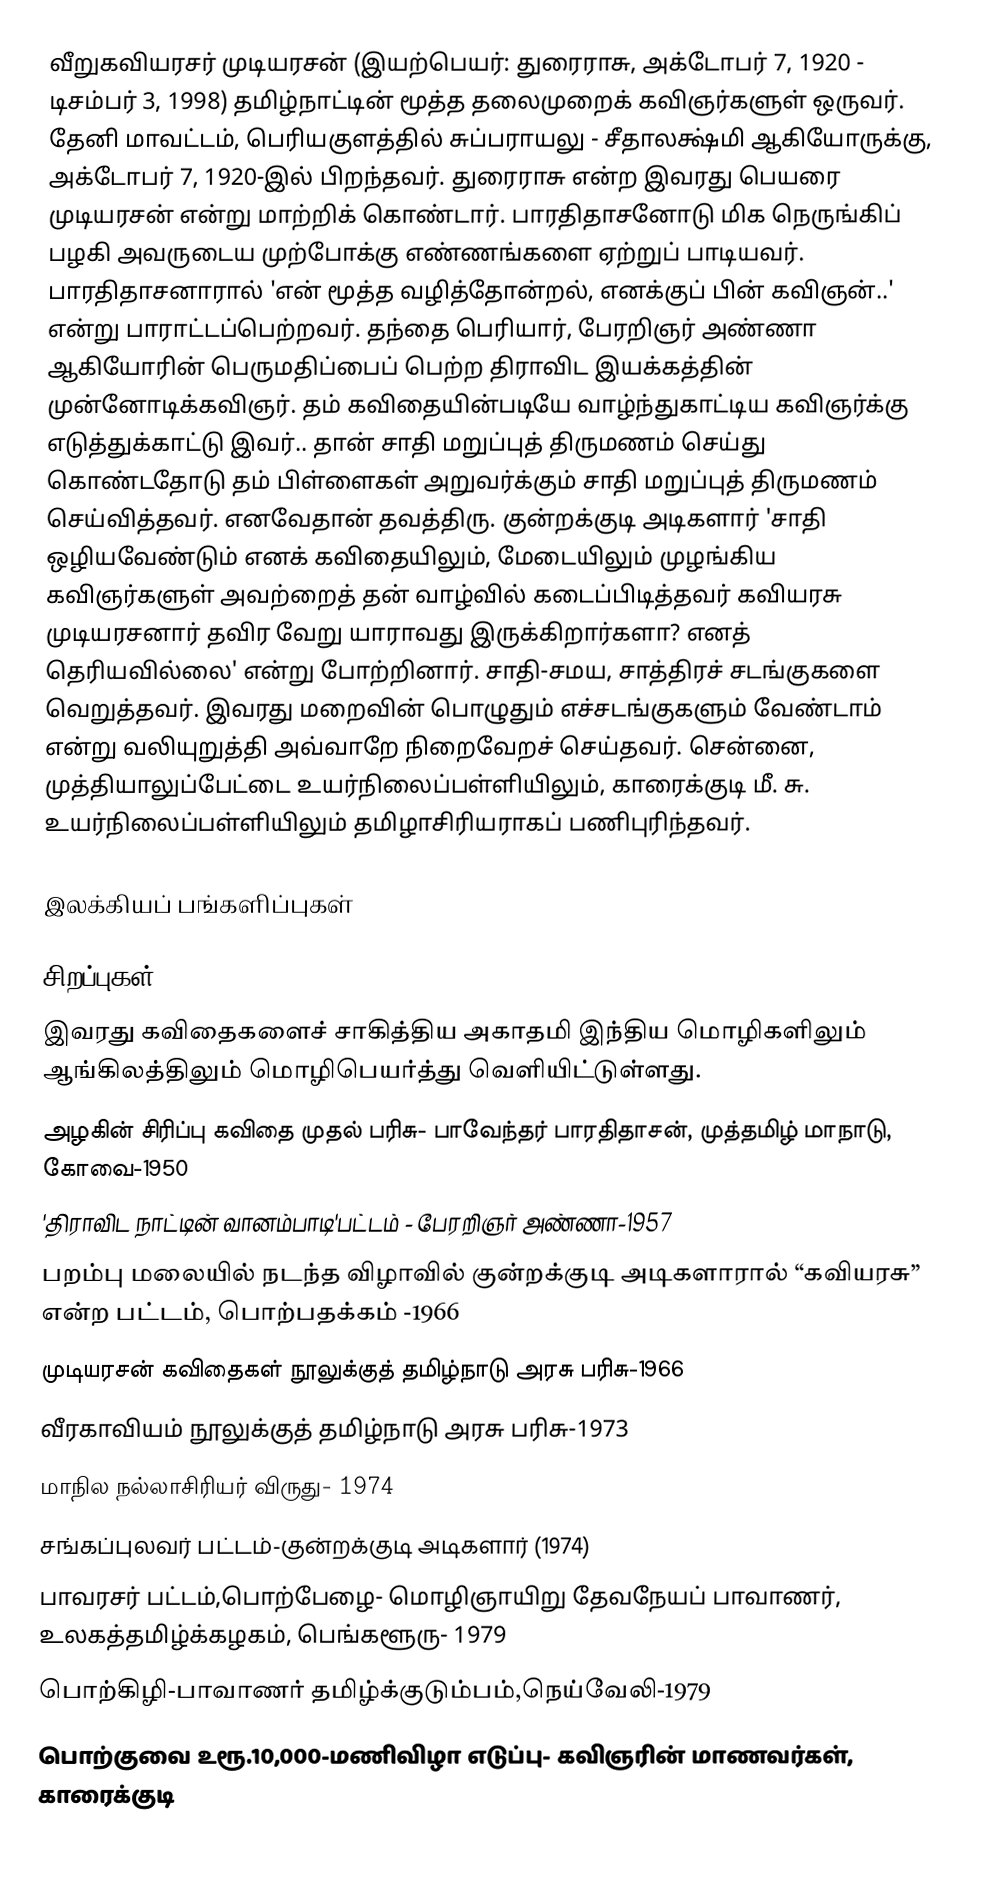
வீறுகவியரசர் முடியரசன் (இயற்பெயர்: துரைராசு, அக்டோபர் 7, 1920 - டிசம்பர் 3, 1998) தமிழ்நாட்டின் மூத்த தலைமுறைக் கவிஞர்களுள் ஒருவர். தேனி மாவட்டம், பெரியகுளத்தில் சுப்பராயலு - சீதாலக்ஷ்மி ஆகியோருக்கு, அக்டோபர் 7, 1920-இல் பிறந்தவர். துரைராசு என்ற இவரது பெயரை முடியரசன் என்று மாற்றிக் கொண்டார். பாரதிதாசனோடு மிக நெருங்கிப் பழகி அவருடைய முற்போக்கு எண்ணங்களை ஏற்றுப் பாடியவர். பாரதிதாசனாரால் 'என் மூத்த வழித்தோன்றல், எனக்குப் பின் கவிஞன்..' என்று பாராட்டப்பெற்றவர். தந்தை பெரியார், பேரறிஞர் அண்ணா ஆகியோரின் பெருமதிப்பைப் பெற்ற திராவிட இயக்கத்தின் முன்னோடிக்கவிஞர். தம் கவிதையின்படியே வாழ்ந்துகாட்டிய கவிஞர்க்கு எடுத்துக்காட்டு இவர்.. தான்  சாதி மறுப்புத் திருமணம் செய்து கொண்டதோடு தம் பிள்ளைகள் அறுவர்க்கும் சாதி மறுப்புத் திருமணம் செய்வித்தவர். எனவேதான் தவத்திரு. குன்றக்குடி அடிகளார் 'சாதி ஒழியவேண்டும் எனக் கவிதையிலும், மேடையிலும் முழங்கிய கவிஞர்களுள் அவற்றைத் தன் வாழ்வில் கடைப்பிடித்தவர் கவியரசு முடியரசனார் தவிர வேறு யாராவது இருக்கிறார்களா? எனத் தெரியவில்லை' என்று போற்றினார். சாதி-சமய, சாத்திரச் சடங்குகளை வெறுத்தவர். இவரது மறைவின் பொழுதும் எச்சடங்குகளும் வேண்டாம் என்று வலியுறுத்தி அவ்வாறே நிறைவேறச் செய்தவர். சென்னை, முத்தியாலுப்பேட்டை உயர்நிலைப்பள்ளியிலும், காரைக்குடி மீ. சு. உயர்நிலைப்பள்ளியிலும் தமிழாசிரியராகப் பணிபுரிந்தவர்.

இலக்கியப் பங்களிப்புகள்

சிறப்புகள்
 இவரது கவிதைகளைச் சாகித்திய அகாதமி இந்திய மொழிகளிலும் ஆங்கிலத்திலும் மொழிபெயர்த்து வெளியிட்டுள்ளது.
அழகின் சிரிப்பு கவிதை முதல் பரிசு- பாவேந்தர் பாரதிதாசன், முத்தமிழ் மாநாடு, கோவை-1950
'திராவிட நாட்டின் வானம்பாடி'பட்டம் - பேரறிஞர் அண்ணா-1957
 பறம்பு மலையில் நடந்த விழாவில் குன்றக்குடி அடிகளாரால் “கவியரசு” என்ற பட்டம், பொற்பதக்கம் -1966
முடியரசன் கவிதைகள் நூலுக்குத் தமிழ்நாடு அரசு பரிசு-1966
வீரகாவியம் நூலுக்குத் தமிழ்நாடு அரசு பரிசு-1973
மாநில நல்லாசிரியர் விருது- 1974
சங்கப்புலவர் பட்டம்-குன்றக்குடி அடிகளார் (1974)
பாவரசர் பட்டம்,பொற்பேழை- மொழிஞாயிறு தேவநேயப் பாவாணர், உலகத்தமிழ்க்கழகம், பெங்களூரு- 1979
பொற்கிழி-பாவாணர் தமிழ்க்குடும்பம்,நெய்வேலி-1979
பொற்குவை உரூ.10,000-மணிவிழா எடுப்பு- கவிஞரின் மாணவர்கள், காரைக்குடி